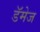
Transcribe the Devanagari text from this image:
डॅमेज